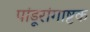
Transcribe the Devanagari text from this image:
पांडूरांगाष्टक